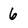
Character: 6